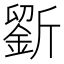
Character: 𣃋